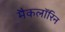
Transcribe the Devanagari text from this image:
मैकलॉरिन